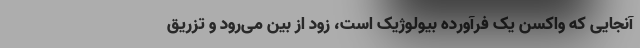
آنجایی که واکسن یک فرآورده بیولوژیک است، زود از بین می‌رود و تزریق